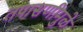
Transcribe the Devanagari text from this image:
तपासणीमुळे